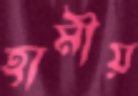
হামীয়